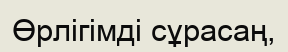
Өрлігімді сұрасаң,